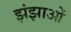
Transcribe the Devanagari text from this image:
झंझाओं